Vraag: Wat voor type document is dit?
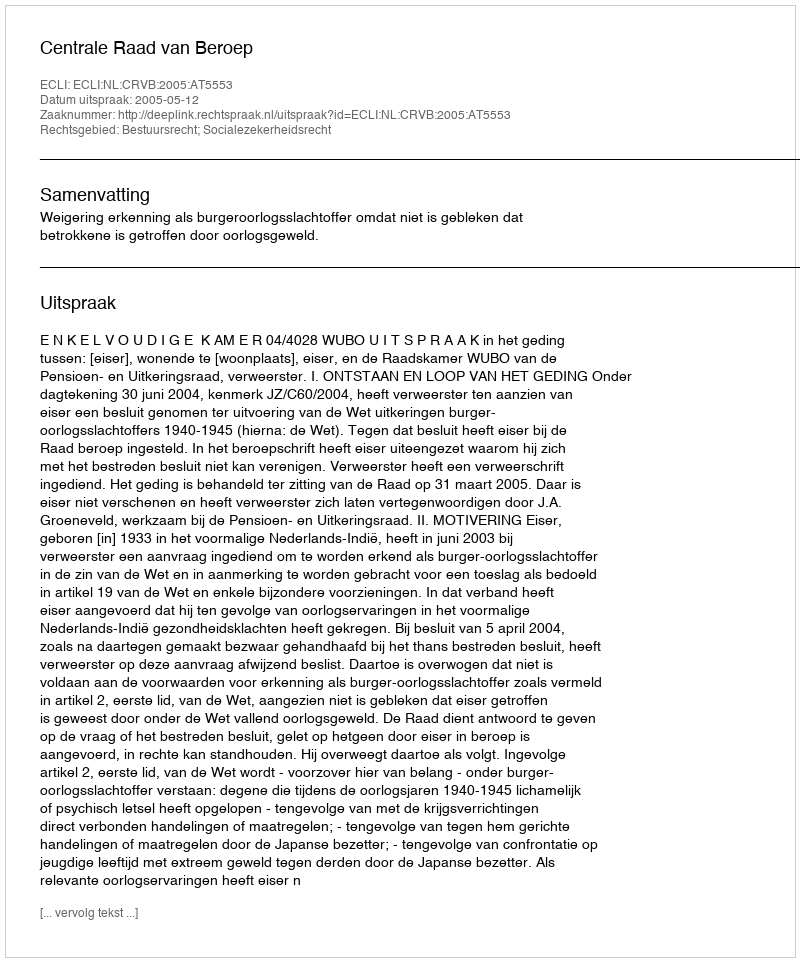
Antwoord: Uitspraak